画像に写った文字を読んでください
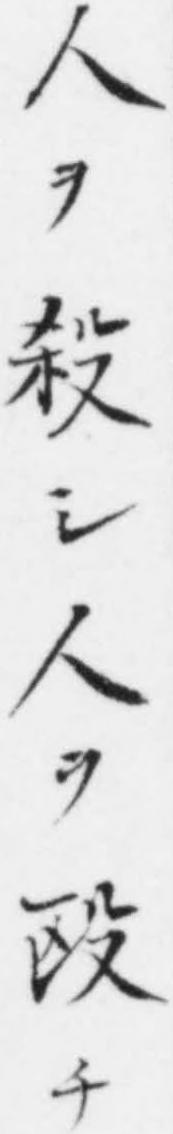
「人ヲ殺シ人ヲ殴チ」と書いてあります